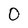
Character: 0